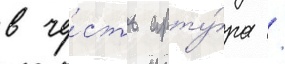
в че́сть арту́ра /